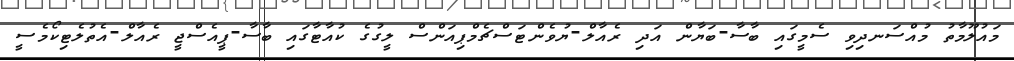
މައުލޫމާތު މުއްސަނދިވި ސެމީގައި ބާސާ-ބަޔާން އަދި ރެއާލް-ޔުވެންޓަސްޗެމްޕިއަންސް ލީގުގެ ކުއާޓާގައި ބާސާ-ޕީއެސްޖީ ރެއާލް-އެތުލެޓިކޯމެސީ